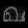
Digit: ၈